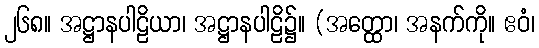
၂၆၈။ အဋ္ဌာနပါဠိယာ၊ အဋ္ဌာနပါဠိ၌။ (အတ္ထော၊ အနက်ကို။ ဧဝံ၊